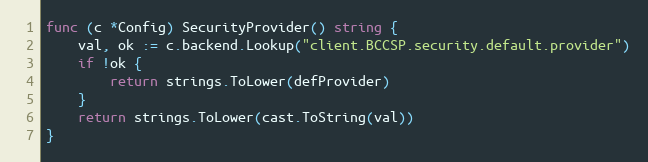
Language: Go
func (c *Config) SecurityProvider() string {
	val, ok := c.backend.Lookup("client.BCCSP.security.default.provider")
	if !ok {
		return strings.ToLower(defProvider)
	}
	return strings.ToLower(cast.ToString(val))
}